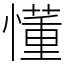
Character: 懂